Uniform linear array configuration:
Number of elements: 32
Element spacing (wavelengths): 0.5
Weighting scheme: uniform
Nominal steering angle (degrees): -60
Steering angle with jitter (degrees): -58.199
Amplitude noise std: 0.05
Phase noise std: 0.05

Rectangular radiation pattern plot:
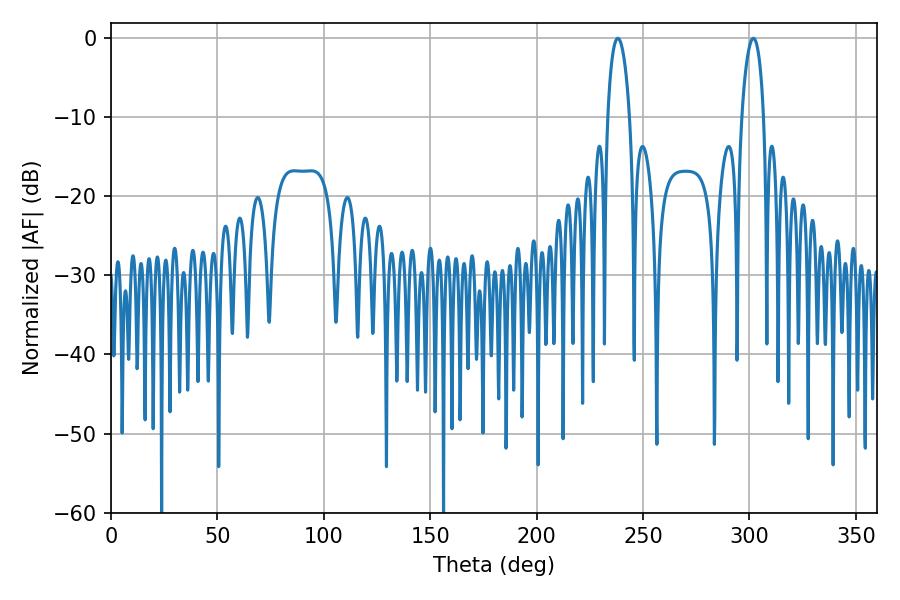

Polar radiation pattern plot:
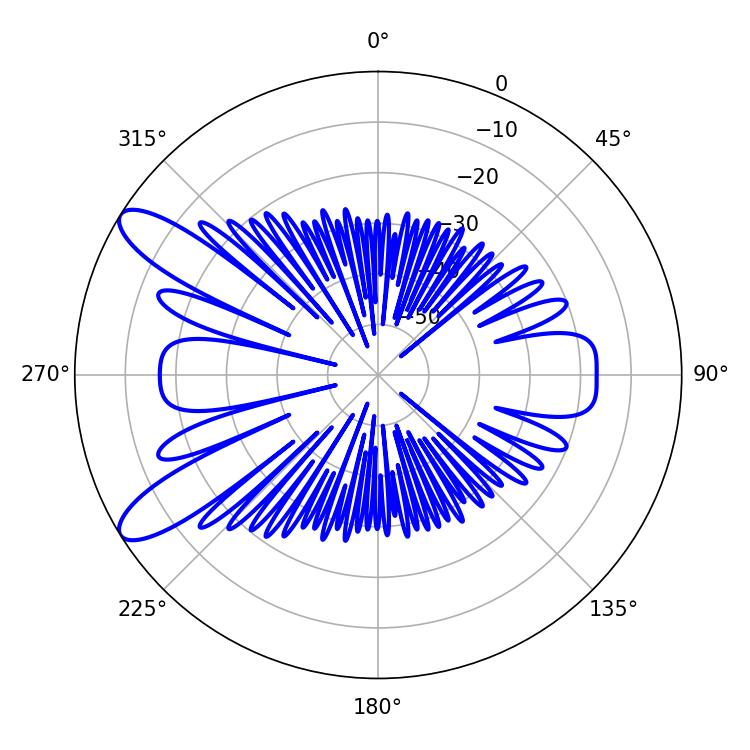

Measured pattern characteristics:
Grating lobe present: FALSE
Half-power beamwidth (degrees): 5.94
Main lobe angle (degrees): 238.14